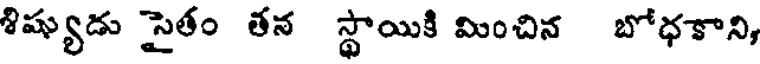
శిష్యుడు సైతం తన స్థాయికి మించిన బోధకాని,